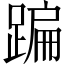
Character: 蹁